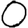
Digit: 0